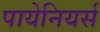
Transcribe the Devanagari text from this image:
पायेनियर्स